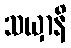
သယှာနိ